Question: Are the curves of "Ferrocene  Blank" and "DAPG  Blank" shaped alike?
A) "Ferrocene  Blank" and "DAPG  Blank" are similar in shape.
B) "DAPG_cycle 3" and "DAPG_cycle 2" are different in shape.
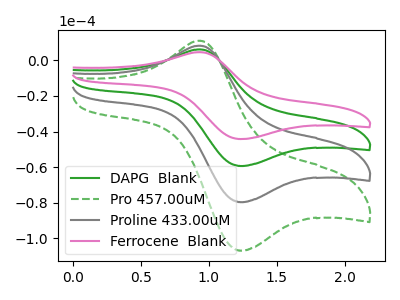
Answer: <think>The green curve "DAPG  Blank" has an anodic peak at (0.95V, 6.10uA) and a cathodic peak at (1.25V, -59.30uA). The green dashed curve "Pro 457.00uM" has an anodic peak at (0.95V, 18.30uA) and a cathodic peak at (1.25V, -177.95uA). The gray curve "Proline 433.00uM" has an anodic peak at (0.95V, 12.20uA) and a cathodic peak at (1.25V, -118.65uA). The pink curve "Ferrocene  Blank" has an anodic peak at (0.95V, 4.55uA) and a cathodic peak at (1.25V, -44.20uA).
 All the peaks in "Ferrocene  Blank" have a peak in "DAPG  Blank" at the same potential. Every peak in "Ferrocene  Blank" is lower than every peak in "DAPG  Blank".</think>
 <answer>A) "Ferrocene  Blank" and "DAPG  Blank" are similar in shape.</answer>
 <eval>A</eval>